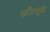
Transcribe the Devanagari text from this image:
फाँटमुळे